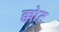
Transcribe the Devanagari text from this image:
क्कोट